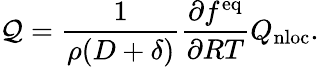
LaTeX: \mathcal{Q}=\frac{1}{\rho(D+\delta)}\frac{\partial f^{\mathrm{eq}}}{\partial RT}Q_{\mathrm{nloc}}.